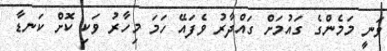
ވަނީ މަމެންގެ ގައުމަށް ގައްދާރު ވެފައޭ ހަމަ މިހާރު ވަކި ކޮށް ކަނޑާ